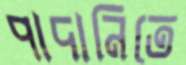
পাদানিতে